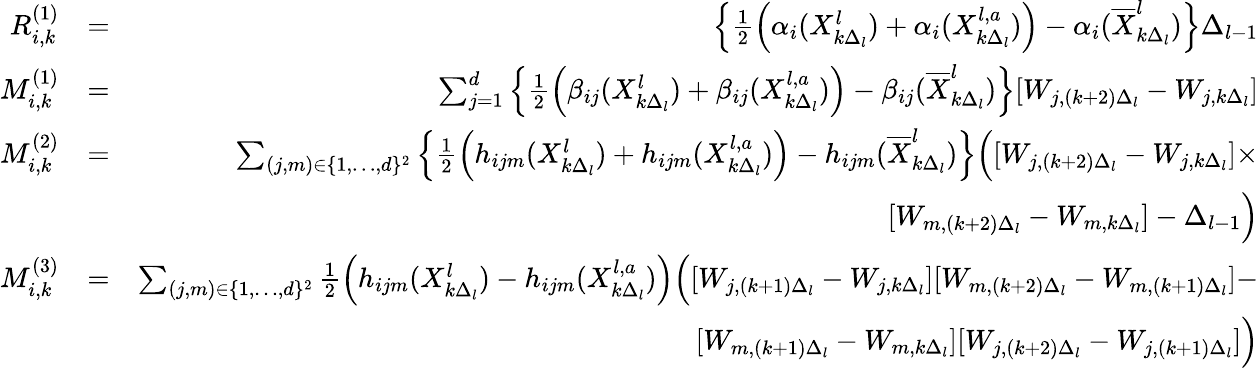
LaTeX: \begin{array}{rlr}{R_{i,k}^{(1)}}&{=}&{\left\{ \frac{1}{2}\left(\alpha_{i}(X_{k\Delta_{l}}^{l})+\alpha_{i}(X_{k\Delta_{l}}^{l,a})\right)-\alpha_{i}(\overline{{X}}_{k\Delta_{l}}^{l})\right\} \Delta_{l-1}}\\ {M_{i,k}^{(1)}}&{=}&{\sum_{j=1}^{d}\left\{ \frac{1}{2}\left(\beta_{ij}(X_{k\Delta_{l}}^{l})+\beta_{ij}(X_{k\Delta_{l}}^{l,a})\right)-\beta_{ij}(\overline{{X}}_{k\Delta_{l}}^{l})\right\} [W_{j,(k+2)\Delta_{l}}-W_{j,k\Delta_{l}}]}\\ {M_{i,k}^{(2)}}&{=}&{\sum_{(j,m)\in\{ 1,\dots,d\} ^{2}}\left\{ \frac{1}{2}\left(h_{ijm}(X_{k\Delta_{l}}^{l})+h_{ijm}(X_{k\Delta_{l}}^{l,a})\right)-h_{ijm}(\overline{{X}}_{k\Delta_{l}}^{l})\right\} \Big([W_{j,(k+2)\Delta_{l}}-W_{j,k\Delta_{l}}]\times}\\ &{}&{[W_{m,(k+2)\Delta_{l}}-W_{m,k\Delta_{l}}]-\Delta_{l-1}\Big)}\\ {M_{i,k}^{(3)}}&{=}&{\sum_{(j,m)\in\{ 1,\dots,d\} ^{2}}\frac{1}{2}\left(h_{ijm}(X_{k\Delta_{l}}^{l})-h_{ijm}(X_{k\Delta_{l}}^{l,a})\right)\Big([W_{j,(k+1)\Delta_{l}}-W_{j,k\Delta_{l}}][W_{m,(k+2)\Delta_{l}}-W_{m,(k+1)\Delta_{l}}]-}\\ &{}&{[W_{m,(k+1)\Delta_{l}}-W_{m,k\Delta_{l}}][W_{j,(k+2)\Delta_{l}}-W_{j,(k+1)\Delta_{l}}]\Big)}\end{array}